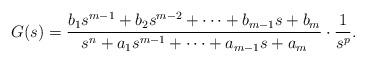
LaTeX: \begin{align*}G(s)=\frac{b_1s^{m-1}+b_2s^{m-2}+ \dots + b_{m-1}s+b_m}{s^n + a_1 s^{m-1} + \dots + a_{m-1}s + a_m} \cdot \frac{1}{s^p}.\end{align*}